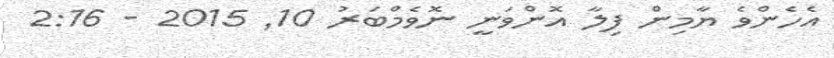
އެހެންވެ ޔާމިން ފިލާ އޮންވަނީ ނޮވެމްބަރު 10